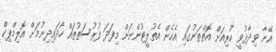
އޭނާ ވިދާޅުވީ ކުރިއަށް އޮތްތަނުގައި އެހެން އެތުލީޓުންނަށް މިފަދަ ފުރުސަތުތައް ހޯދައިދިނުމަށް އޮލިމްޕިކް